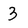
Character: 3